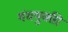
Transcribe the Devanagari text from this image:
गंधयुक्ती